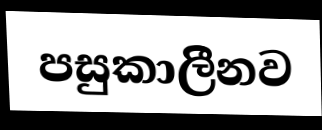
පසුකාලිීනව